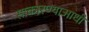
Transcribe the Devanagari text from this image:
साकारण्याआधी